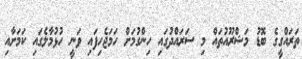
ތަރައްގީގެ ބޮޑު މަޝްރޫއުތައް މި ސަރައްދުގައި ހިންގުމަށް ހަމަޖެހިފައި ވަނީ ހުޅުމާލެގައި ކަމަށާއި